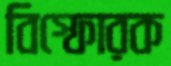
বিস্ফোরক